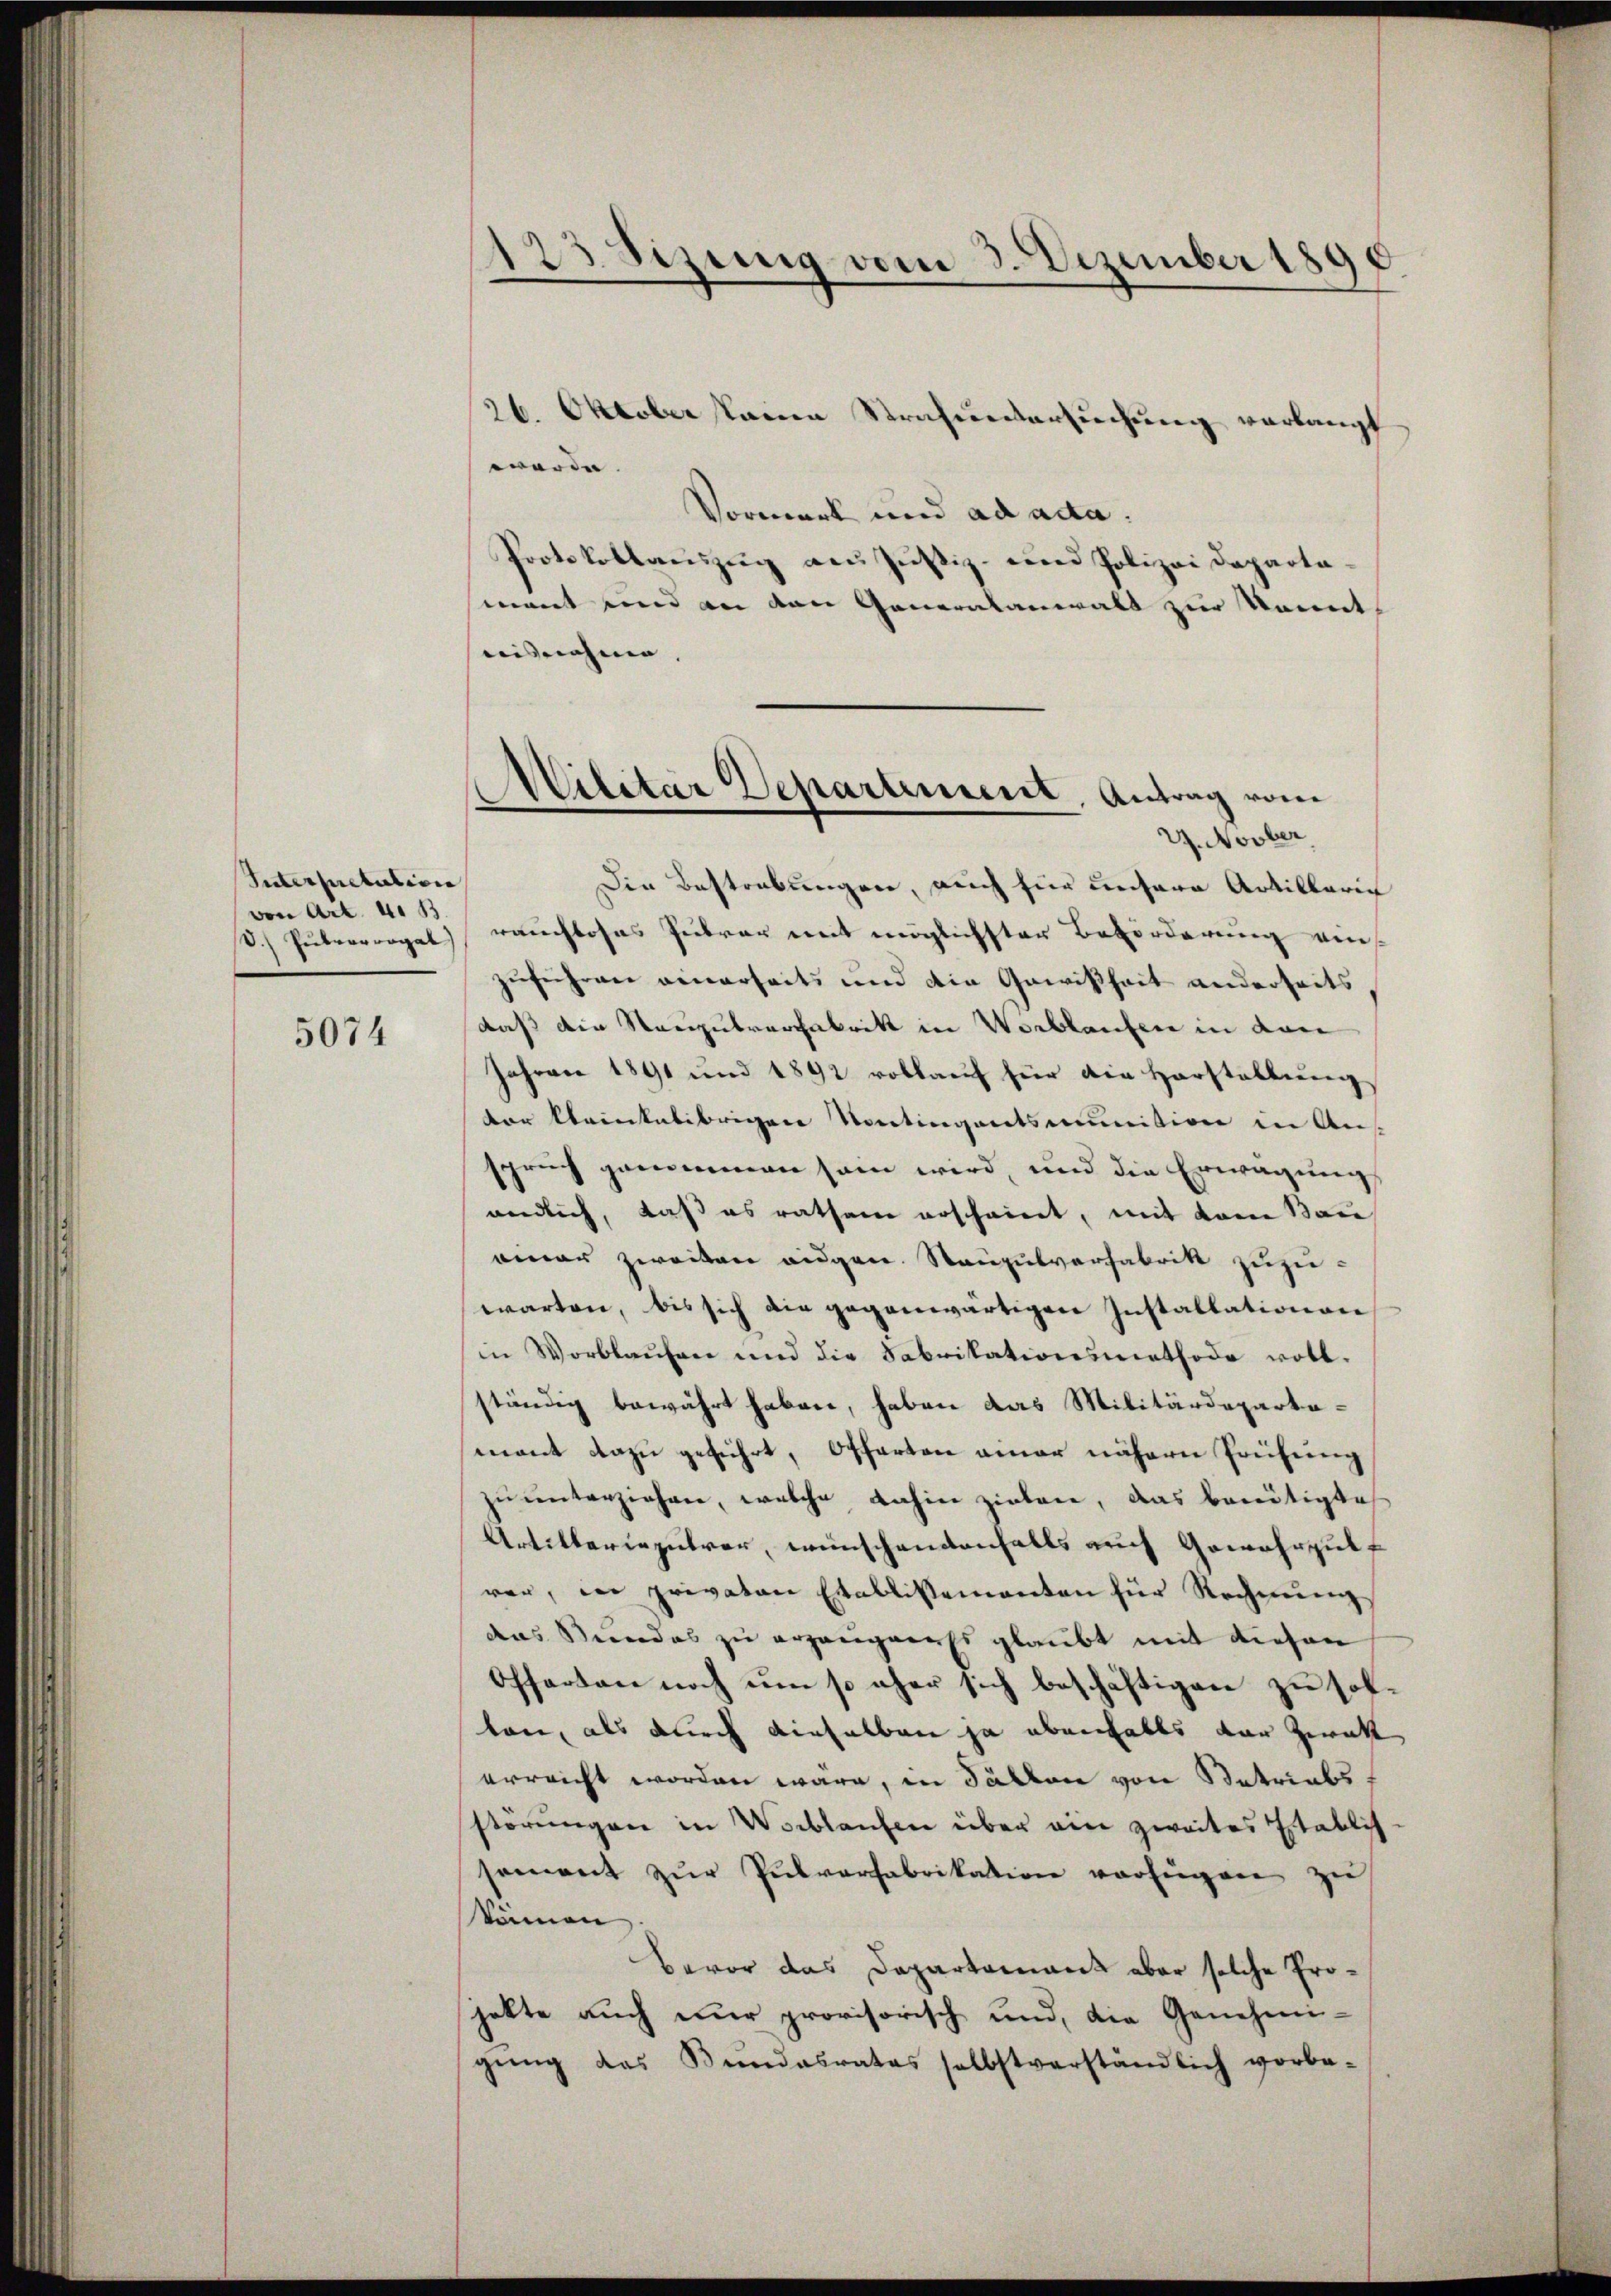
Interpretation
von Art. 4. 1
d.) Petrorrogal)

5074

123 Sizung vom 3. Dezember 1890

26. Oktober keinen Strafenartiechŭng verlangt
werde |
Vormerk und ad acta.
Protokollauszug aus Justiz- und Polizei Departamant und an den Generalanwalt zur konnt.
isnahme.
Die Bestrebungen, auch für unsere Artillaric
räuchloses Gebar mit möglichster Beförderung ein
zuführen einerseits und die Gewißheit anderseits
daß die Stanzutrarchfabritt in Wortlaufen in den
Jahren 1891 und 1892 vollauf für die Horstellung
ter klaintalibrigen Vontingentsmunitiven in Ans
spruch genommen sein wird, und die Erwägung
endlich, daß es rathem erscheint, mit vom Bau
amner zweiten eidgen. Staupulverfabrik zuzuwarten, bis sich die gegenwärtigen Installationen
in Vorblaŭfen und die Fabrikationsmethode vott.
ständig bewährt haben, haben das Militärdeparta-
mant dazu geführt, Offerten amer nähern Prüfung
zu unterziehen, welche dahin ziehen, das bereitigte
Artikteriepitrer, wünschendenfalls auch Gewahrzukf
rer, in privaten Etablissementen für Rechnung
das Seides zu erzeugners glaubt mit diesen
Offerten noch um so eher sich beschäftigen zu solten, als durch dieselben ja ebenfalls der Zwett
erreicht worden wäre, in Fällen von Satriabsstörungen in Verblaufen über ein zweites Etablis-
sement zŭr Pulverfabrikation verfügen zŭ
können
Bevor das Departamant aber solche Projekte auch nur provisorisch und, die Genehmi-
gŭng das Bŭndesrates selbstverständlich vorbe-

Militar Departement, Antrag vom
G. Novber